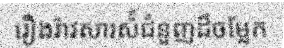
រឿងរ៉ាវសារស៉ំជំនួញដ៏ចម្លែក